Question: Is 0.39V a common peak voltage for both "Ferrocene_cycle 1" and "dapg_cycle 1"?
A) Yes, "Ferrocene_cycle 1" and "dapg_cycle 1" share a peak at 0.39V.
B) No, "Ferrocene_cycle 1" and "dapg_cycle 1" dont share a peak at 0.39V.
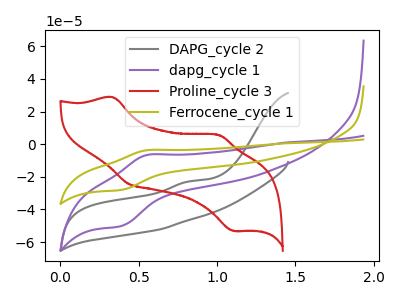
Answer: <think>The gray curve "DAPG_cycle 2" has an anodic peak at: (0.85V, -22.75uA). The purple curve "dapg_cycle 1" has an anodic peak at (0.55V, -6.55uA) and a cathodic peak at (0.40V, -50.15uA). The red curve "Proline_cycle 3" has anodic peaks at (0.35V, 28.80uA) (1.00V, 5.70uA) and cathodic peaks at (0.45V, -24.40uA) (1.10V, -53.10uA). The olive curve "Ferrocene_cycle 1" has an anodic peak at (0.55V, -3.65uA) and a cathodic peak at (0.40V, -28.05uA).</think>
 <answer>A) Yes, "Ferrocene_cycle 1" and "dapg_cycle 1" share a peak at 0.39V.</answer>
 <eval>A</eval>